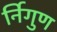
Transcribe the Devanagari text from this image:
र्निगुण